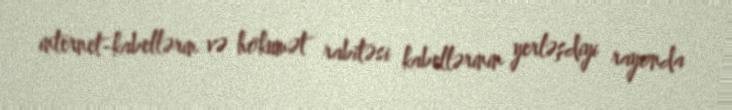
internet-kabellərin və hökumət rabitəsi kabellərinin yerləşdiyi rayonda